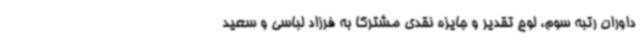
داوران رتبه سوم، لوح تقدیر و جایزه نقدی مشترکاً به فرزاد لباسی و سعید